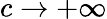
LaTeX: c\to+\infty